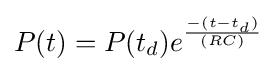
P(t)=P(t_{d})e^{-(t-t_{d}) \over (RC)}